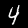
Label: 4